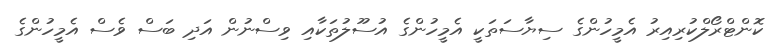
ކޮންޓްރޯލްކުރިއިރު އެމީހުންގެ ސިޔާސަތަކީ އެމީހުންގެ އުސޫލުތަކާއި ވިސްނުން އަދި ބަސް ވެސް އެމީހުންގެ